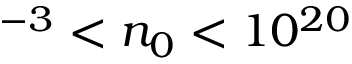
^ { - 3 } < n _ { 0 } < 1 0 ^ { 2 0 }